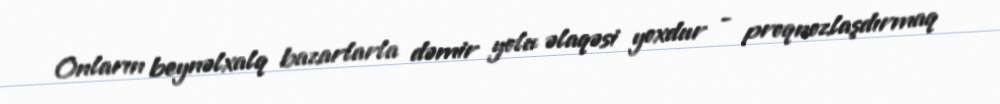
Onların beynəlxalq bazarlarla dəmir yolu əlaqəsi yoxdur - proqnozlaşdırmaq